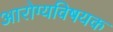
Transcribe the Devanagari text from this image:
अारोग्यविषयक